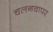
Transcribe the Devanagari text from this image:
चलनवापर